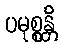
ပမုစ္စန္တိ